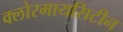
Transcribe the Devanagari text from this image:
क्लोरमायसिटीन